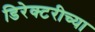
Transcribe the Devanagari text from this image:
डिरेक्टरीच्या